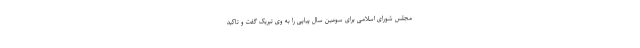
مجلس شورای اسلامی برای سومین سال پیاپی را به وی تبریک گفت و تاکید